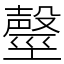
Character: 𣫒